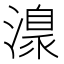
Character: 𣽍